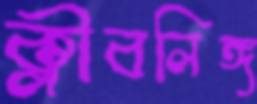
ক্লীবলিঙ্গ